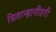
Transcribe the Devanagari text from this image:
सितान्हानीतरी